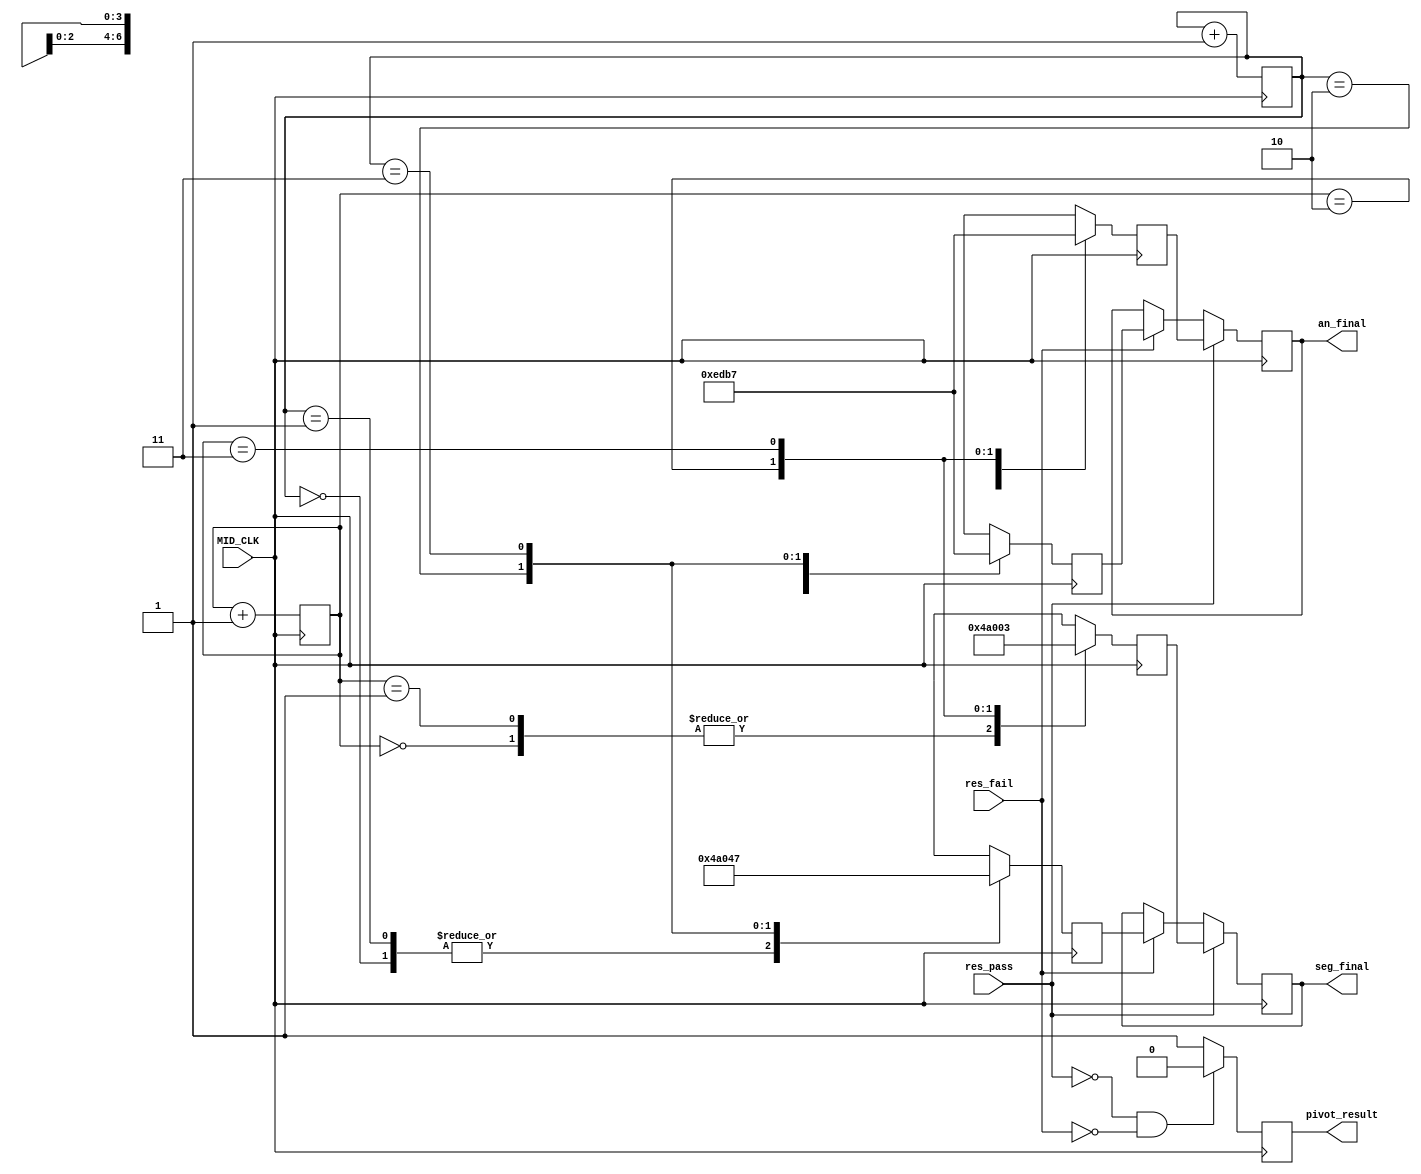
`timescale 1ns / 1ps


module display_pass_fail(input MID_CLK, res_pass, res_fail, output reg[3:0] an_final = 0,output reg [6:0]seg_final = 0, output reg pivot_result = 0);

reg[1:0] pass, fail;
reg[3:0] an_pass,an_fail;
reg[6:0] seg_pass, seg_fail;

reg [5:0]count_fail = 0;
// change


reg[6:0] char_B = 7'b0000011;
reg[6:0] char_O = 7'b1000000;
reg[6:0] char_S = 7'b0010010;


reg[6:0] char_L = 7'b1000111;

always@(posedge MID_CLK) begin

    if(res_pass) begin
    an_final <= an_pass;
    seg_final <= seg_pass;
    end
    else if(res_fail) begin
    an_final <= an_fail;
    seg_final <= seg_fail;
    end
   
    if(~res_pass & ~res_fail)
        pivot_result <= 0;
    else
        pivot_result <= 1;
end 


always@(posedge MID_CLK) begin
    pass <= pass + 1;
    fail <= fail + 1;
    
    case(pass) 
    0: begin
       seg_pass <= char_S; 
       an_pass <= 4'b1110;
       end
    1: begin
       seg_pass <= char_S; 
       an_pass <= 4'b1101;
       end
    2: begin
       seg_pass <= char_O; 
       an_pass <= 4'b1011;
       end 
    3: begin
       seg_pass <= char_B; 
       an_pass <= 4'b0111;
       end                       
    endcase
    case(fail) 
    0: begin
       seg_fail <= char_S; 
       an_fail <= 4'b1110;
       end
    1: begin
       seg_fail <= char_S; 
       an_fail <= 4'b1101;
       end
    2: begin
       seg_fail <= char_O; 
       an_fail <= 4'b1011;
       end 
    3: begin
       seg_fail <= char_L; 
       an_fail <= 4'b0111;
       end     
    endcase
end

endmodule